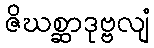
ဇိဃစ္ဆာဒုဗ္ဗလျံ